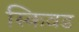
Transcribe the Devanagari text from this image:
स्किवड